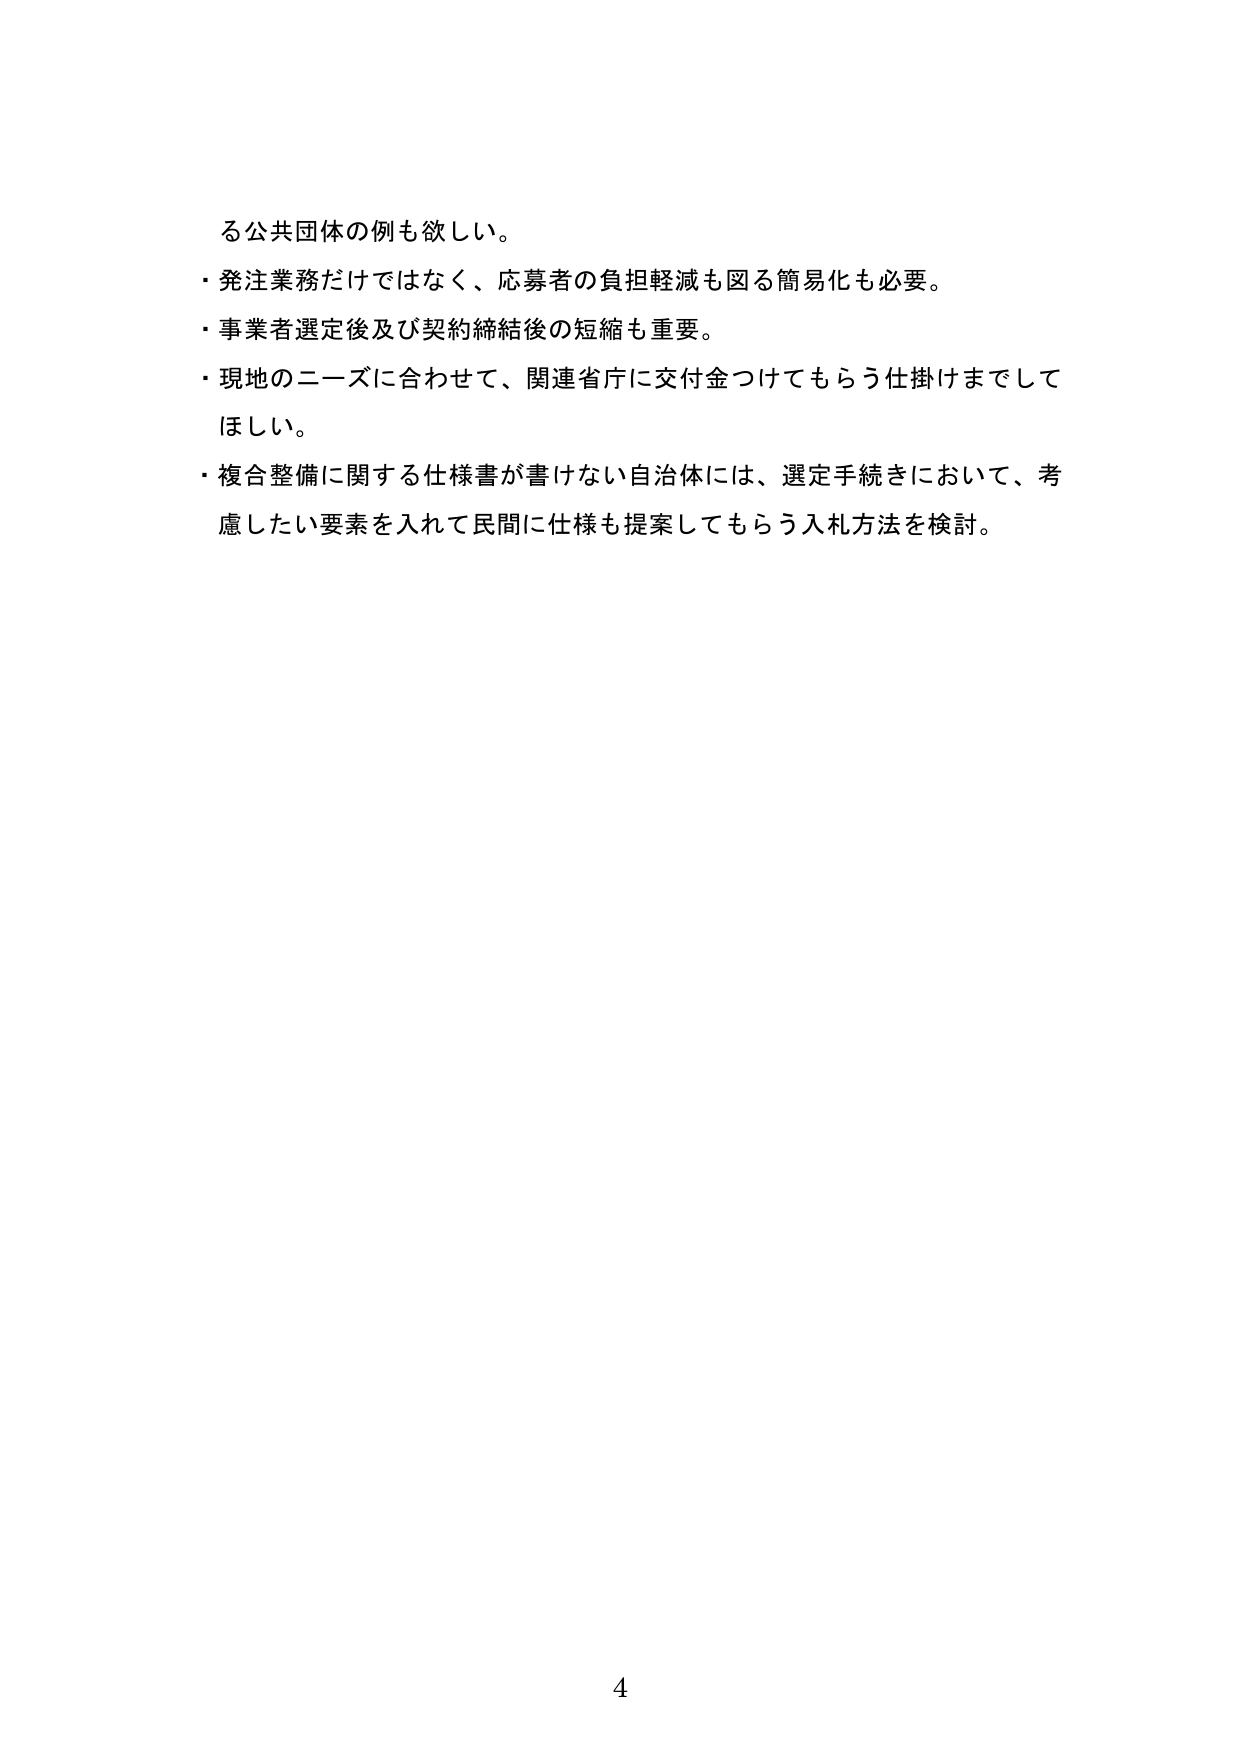
る公共団体の例も欲しい。
・発注業務だけではなく、応募者の負担軽減も図る簡易化も必要。
・事業者選定後及び契約締結後の短縮も重要。
・現地のニーズに合わせて、関連省庁に交付金つけてもらう仕掛けまでしてほしい。
・複合整備に関する仕様書が書けない自治体には、選定手続きにおいて、考慮したい要素を入れて民間に仕様も提案してもらう入札方法を検討。

4